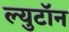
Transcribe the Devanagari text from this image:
ल्युटॉन